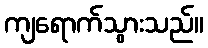
ကျရောက်သွားသည်။